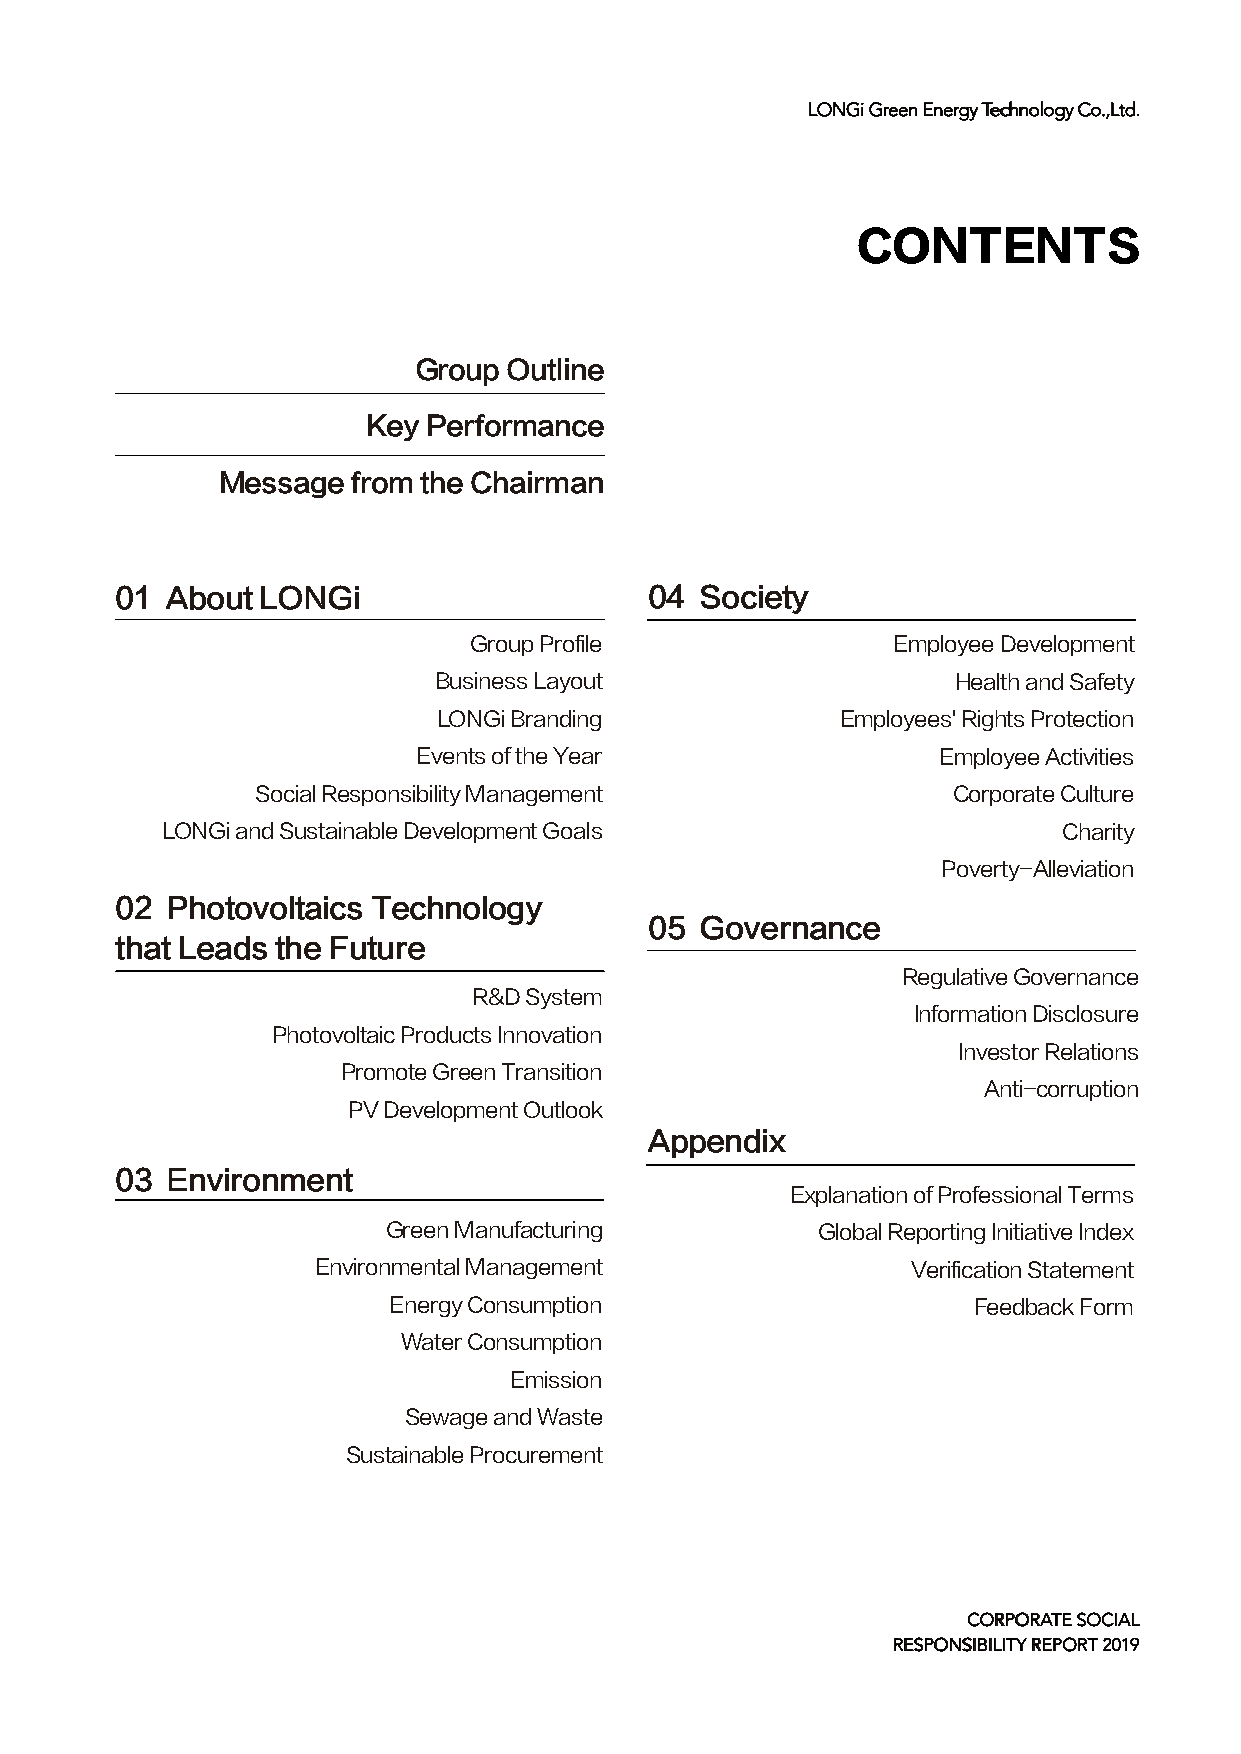
LLOONNGGii GGrreeeenn EEnneerrggyy TTeecchhnnoollooggyy CCoo..,,LLttdd..
 CONTENTS
 Group  Outline
 Key Performance
 Message  from the Chairman
 01 About LONGi                     04 Society
 Group Profile               Employee Development
 Business Layout                   Health and Safety
 LONGi Branding             Employees' Rights Protection
 Events of the Year                Employee Activities
 Social Responsibility Management              Corporate Culture
 LONGi and Sustainable Development Goals                    Charity
 Poverty-Alleviation
 02 Photovoltaics Technology
 05 Governance
 that Leads the Future
 Regulative Governance
 R&D System
 Information Disclosure
 Photovoltaic Products Innovation
 Investor Relations
 Promote Green Transition
 Anti-corruption
 PV Development Outlook
 Appendix
 03 Environment
 Explanation of Professional Terms
 Green Manufacturing         Global Reporting Initiative Index
 Environmental Management               Verification Statement
 Energy Consumption                    Feedback Form
 Water Consumption
 Emission
 Sewage and Waste
 Sustainable Procurement
 CCOORRPPOORRAATTEE SSOOCCIIAALL
 RREESSPPOONNSSIIBBIILLIITTYY RREEPPOORRTT 22001199